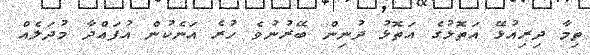
ތިމާ ދިރިއުޅޭ އަތޮޅުގެ އަތޮޅު ދުނިން ބޭރުނުވެ ހުރެ އަނެކުން އުފައްދާ މުދަލެއް